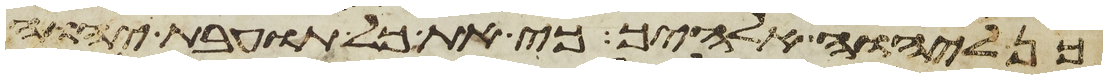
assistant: ליהוה אלהיך כי את כל תועבת יהוה